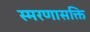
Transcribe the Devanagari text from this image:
स्मरणासक्ति